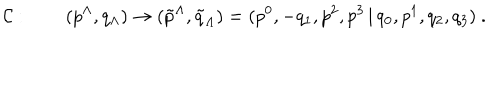
{ \cal C } : \qquad ( p ^ { \Lambda } , q _ { \Lambda } ) \rightarrow ( \tilde { p } ^ { \Lambda } , \tilde { q } _ { \Lambda } ) = ( p ^ { 0 } , - q _ { 1 } , p ^ { 2 } , p ^ { 3 } \, | \, q _ { 0 } , p ^ { 1 } , q _ { 2 } , q _ { 3 } ) \ .